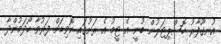
އުނގޫފާރު ހޮސްޕިޓަލުން ބުނީ އެ ޓީމު އެ ރަށުގައި ކޮވިޑަށް ފަރުވާ ހޯދަމުންދާ